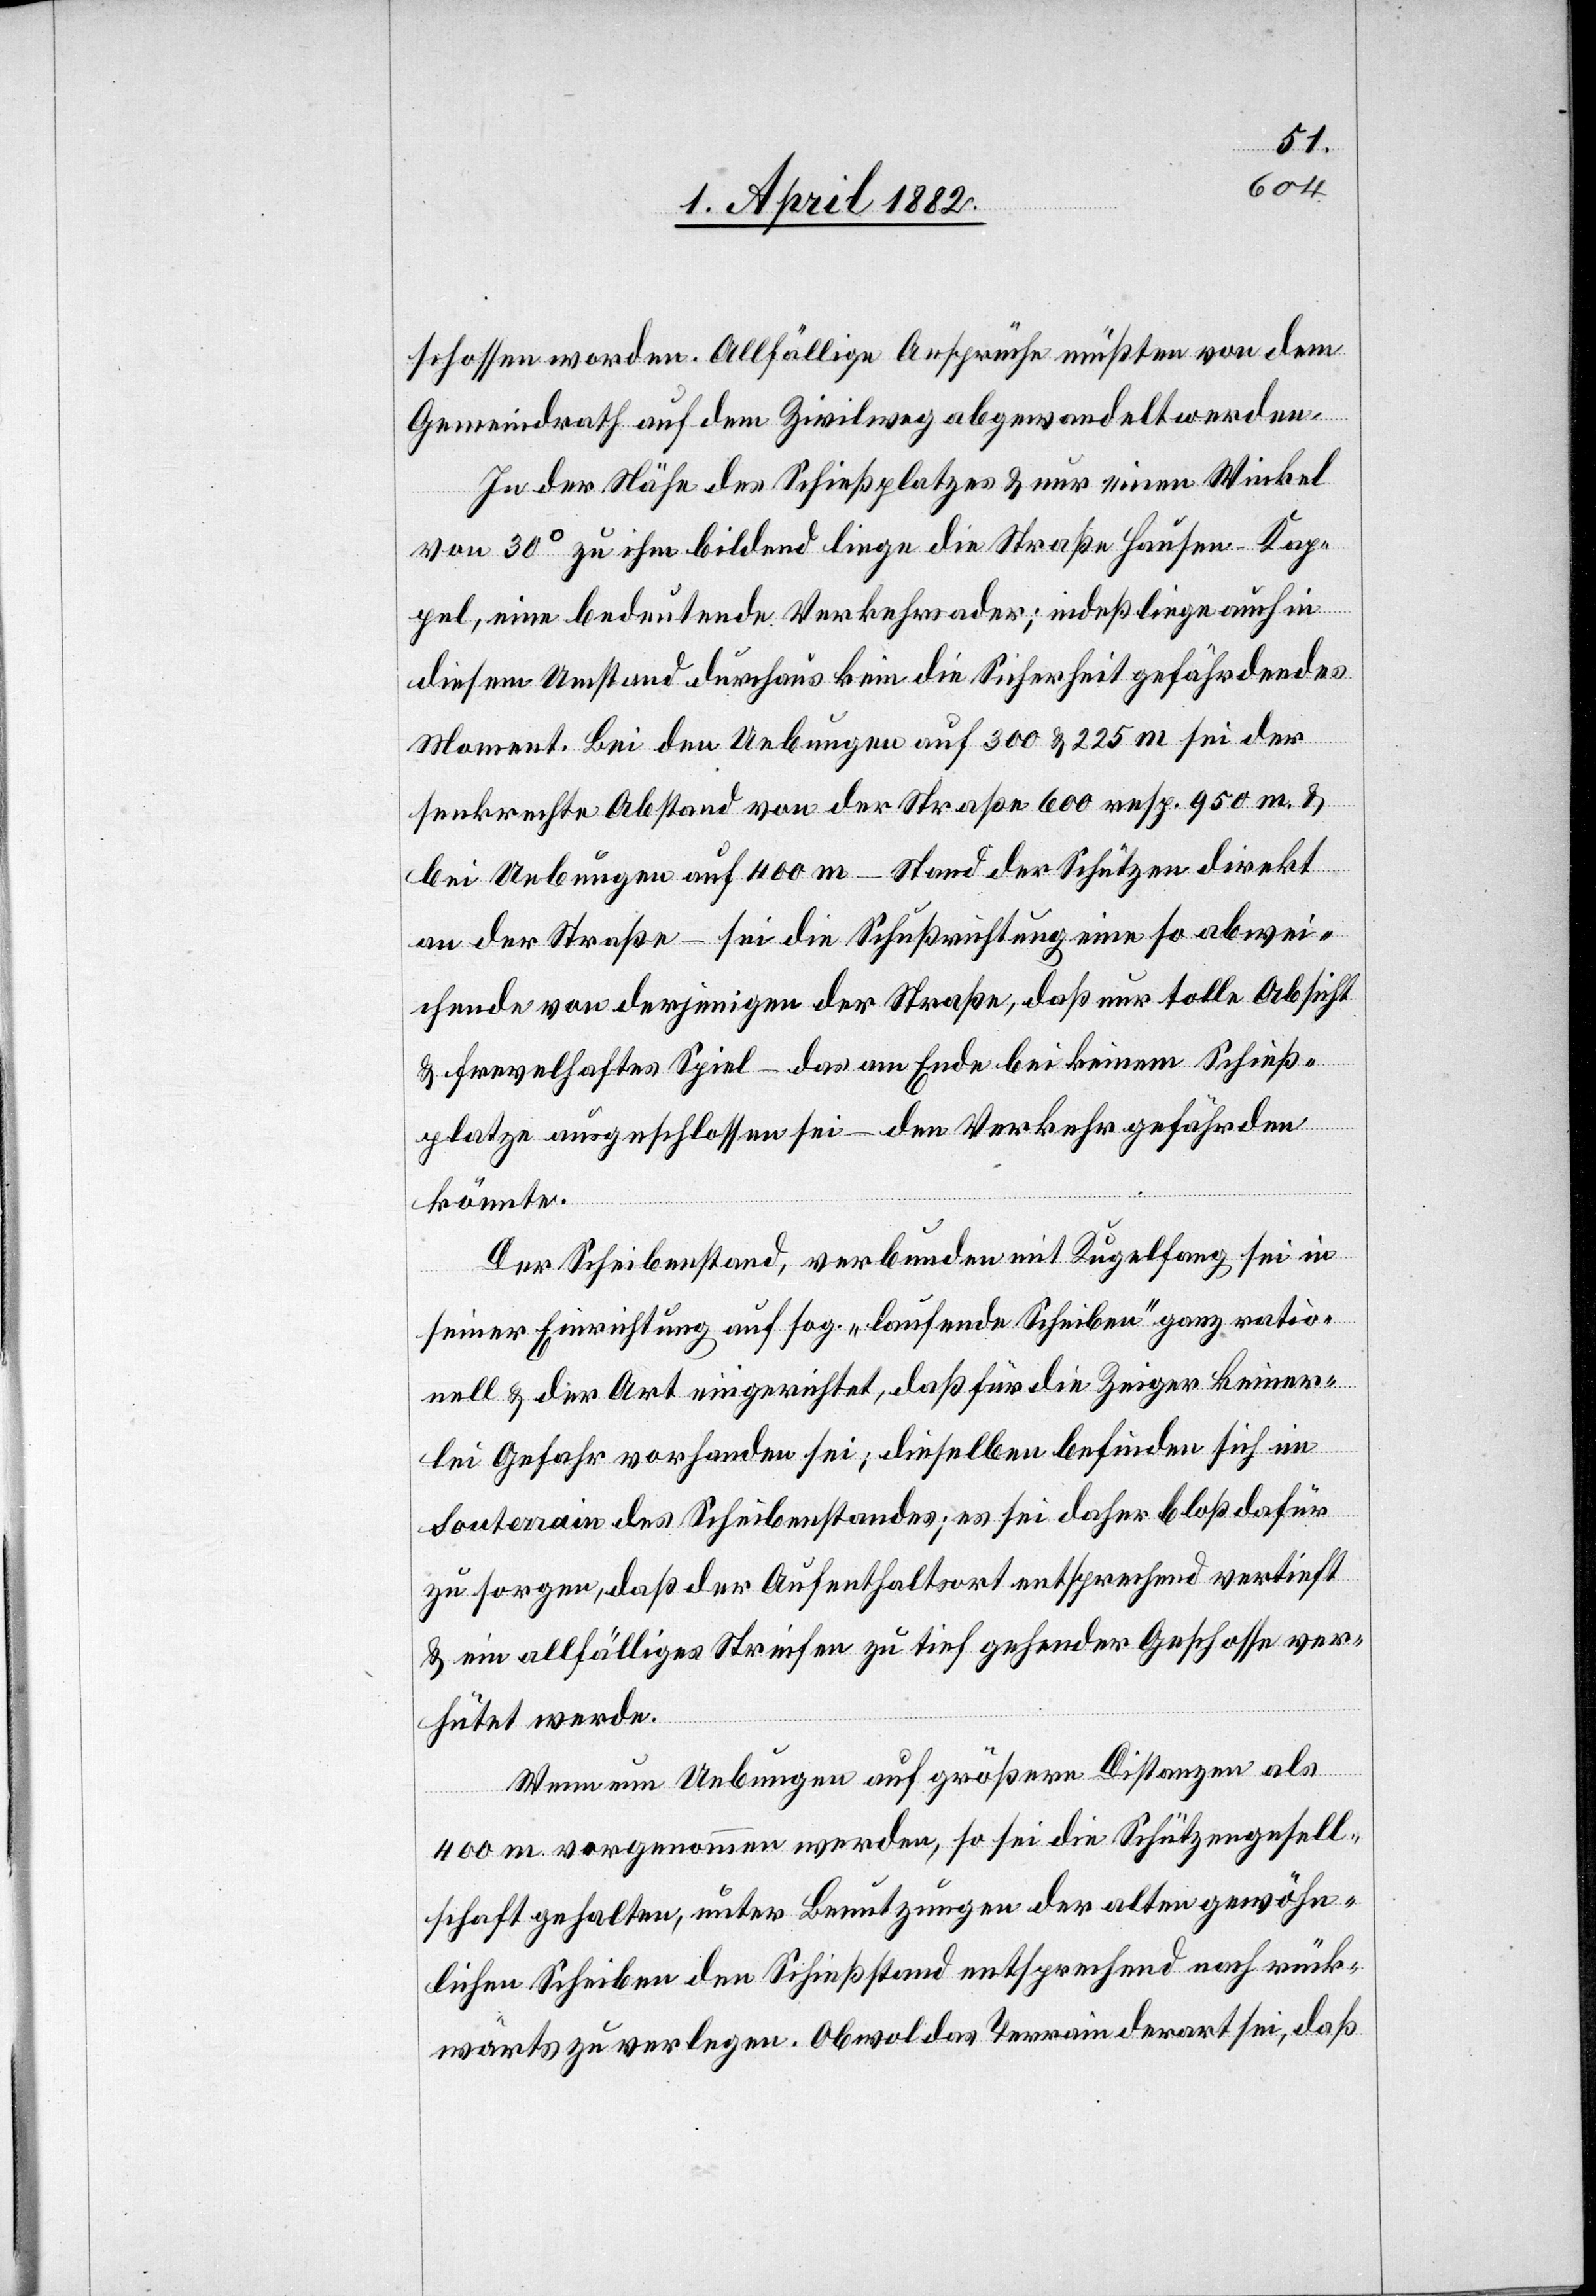
schossen worden. Allfällige Ansprüche müßten von dem
Gemeindrath auf dem Zivilweg abgewandelt werden.
In der Nähe des Schießplatzes & nur einen Winkel
von 30° zu ihm bildend liege die Straße Hausen–Kap¬
pel, eine bedeutende Verkehrsader; indeß liege auch in
diesem Umstand durchaus kein die Sicherheit gefährdendes
Moment. Bei den Uebungen auf 300 & 225 m sei der
senkrechte Abstand von der Straße 600 resp. 950 m. &
bei Uebungen auf 400 m – Stand der Schützen direkt
an der Straße – sei die Schußrichtung eine so abwei¬
chende von derjenigen der Straße, daß nur tolle Absicht
& frevelhaftes Spiel – das am Ende bei keinem Schieß¬
platze ausgeschlossen sei – den Verkehr gefährden
könnte.
Der Scheibenstand, verbunden mit Kugelfang sei in
seiner Einrichtung auf sog. „laufende Scheiben“ ganz ratio¬
nell & der Art eingerichtet, daß für die Zeiger keiner¬
lei Gefahr vorhanden sei; dieselben befinden sich im
Souterrain des Scheibenstandes; es sei daher bloß dafür
zu sorgen, daß der Aufenthaltsort entsprechend vertieft
& ein allfälliges Streifen zu tief gehender Geschosse ver¬
hütet werde.
Wenn nun Uebungen auf größere Distanzen als
400 m vorgenommen werden, so sei die Schützengesell¬
schaft gehalten, unter Benutzungen der alten gewöhn¬
lichen Scheiben den Schießstand entsprechend nach rück¬
wärts zu verlegen. Obwol das Terrain derart sei, daß